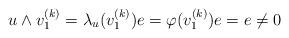
LaTeX: \begin{align*}u\wedge v_1^{(k)}=\lambda_u(v_1^{(k)}) e = \varphi(v_1^{(k)})e=e\neq 0\end{align*}